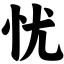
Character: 忧